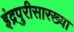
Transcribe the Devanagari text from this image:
इंद्रपुरीसारख्या